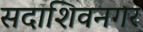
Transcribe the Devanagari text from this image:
सदाशिवनगर